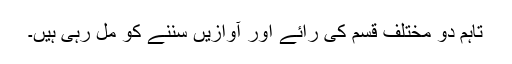
تاہم دو مختلف قسم کی رائے اور آوازیں سننے کو مل رہی ہیں۔